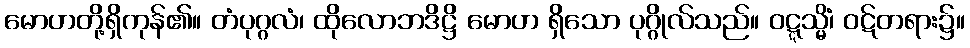
မောဟတို့ရှိကုန်၏။ တံပုဂ္ဂလံ၊ ထိုလောဘဒိဋ္ဌိ မောဟ ရှိသော ပုဂ္ဂိုလ်သည်။ ဝဋ္ဋသ္မိံ၊ ဝဋ်တရား၌။